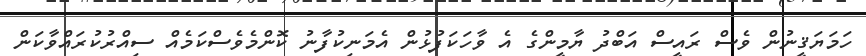
ހަމަޔަޤީނުން ވެސް ރައީސް އަބްދު ޔާމީންގެ އެ ވާހަކަފުޅުން އެމަނިކުފާނު ކޮންމެވެސްކަމެއް ސިއްރުކުރައްވާކަން